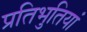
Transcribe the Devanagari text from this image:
प्रतिभुतियां